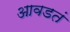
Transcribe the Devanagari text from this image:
आवडतं